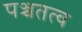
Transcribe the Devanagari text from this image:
पञ्चतत्व